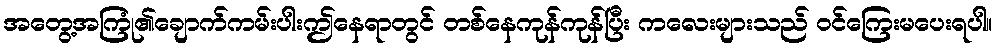
အတွေ့အကြုံ၏ချောက်ကမ်းပါးဤနေရာတွင် တစ်နေကုန်ကုန်ပြီး ကလေးများသည် ဝင်ကြေးမပေးရပါ။